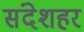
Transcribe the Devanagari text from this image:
संदेशहर